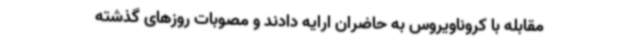
مقابله با کروناویروس به حاضران ارایه دادند و مصوبات روزهای گذشته